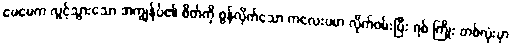
မေမေက လွင့်သွားသော အကျွန်ုပ်၏ စိတ်ကို စွန်လိုက်သော ကလေးပမာ လိုက်ဖမ်းပြီး ရစ် ကြိုး တစ်လုံးမှာ